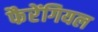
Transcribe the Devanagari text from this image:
फैरेंगियल